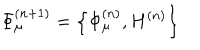
LaTeX: \Phi _ { \mu } ^ { ( n + 1 ) } = \left\{ \Phi _ { \mu } ^ { ( n ) } , H ^ { ( n ) } \right\}